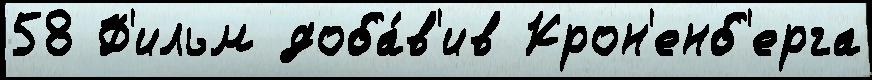
58 Ф'ильм доба́в'ив Крон'енб'ерга